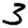
Digit: 3